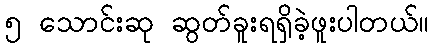
၅ သောင်းဆု ဆွတ်ခူးရရှိခဲ့ဖူးပါတယ်။